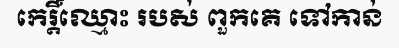
កេរ្តិ៍ឈ្មោះ របស់ ពួកគេ ទៅកាន់